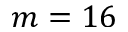
m = 1 6